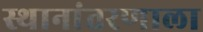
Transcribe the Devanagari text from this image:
स्थानांतरणाला